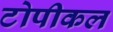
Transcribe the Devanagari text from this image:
टोपीकल